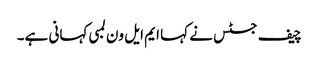
چیف جسٹس نے کہا ایم ایل ون لمبی کہانی ہے۔